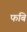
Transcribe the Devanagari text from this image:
फबि